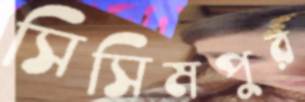
সিসিমপুর